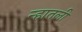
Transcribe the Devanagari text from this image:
न्हातली